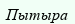
Пытыра